Indian Civil Veterinary Department memoirs
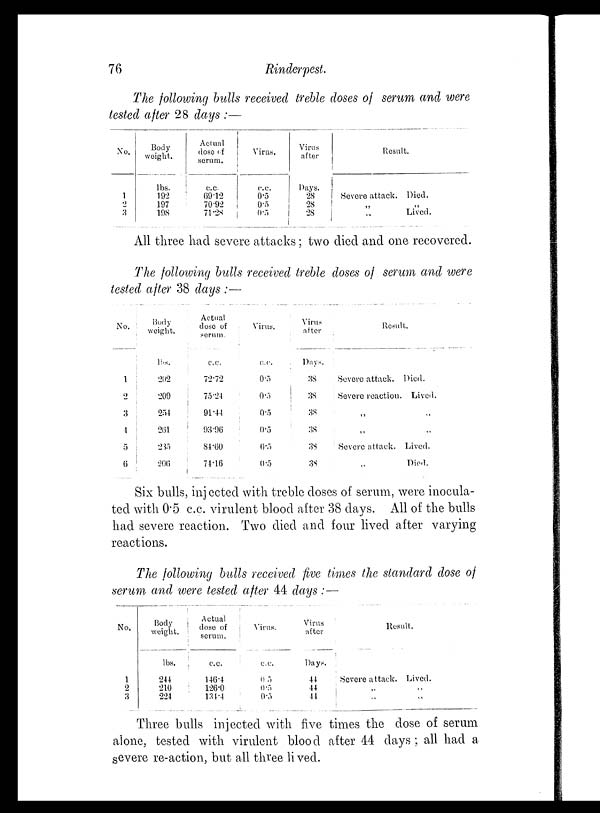
76
Rinderpest.
The following bulls received treble doses of serum and were
tested after 28 days :—
No.
1
2
3
Body
weight.
lbs.
192
197
198
Actual
dose of
serum.
c.c.
69.12
70.92
71.28
Virus.
c.c.
0.5
0.5
0.5
Virus
after
Days.
28
28
28
Result.
Severe attack. Died.
„ „
„ Lived.
All three had severe attacks; two died and one recovered.
The following bulls received treble doses of serum and were
tested after 38 days :—
No.
1
2
3
4
5
6
Body
weight.
lbs.
202
209
254
261
235
206
Actual
dose of
serum.
c.c.
72.72
75.24
91.44
93.96
84.60
74.16
Virus.
c.c.
0.5
0.5
0.5
0.5
0.5
0.5
Virus
after
Days.
38
38
38
38
38
38
Result.
Severe attack. Died.
Severe reaction. Lived.
„ „
„ „
Severe attack. Lived.
„ Died.
Six bulls, injected with treble doses of serum, were inocula-
ted with 0.5 c.c. virulent blood after 38 days. All of the bulls
had severe reaction. Two died and four lived after varying
reactions.
The following bulls received five times the standard dose of
serum and were tested after 44 days :—
No.
1
2
3
Body
weight.
lbs.
244
210
224
Actual
dose of
serum.
c.c.
146.4
126.0
134.4
Virus.
c.c.
0.5
0.5
0.5
Virus
after
Days.
44
44
44
Result.
Severe attack. Lived.
„ „
„ „
Three bulls injected with five times the dose of serum
alone, tested with virulent blood after 44 days; all had a
severe re-action, but all three lived.